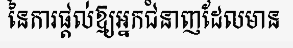
នៃការផ្តល់ឱ្យអ្នកជំនាញដែលមាន